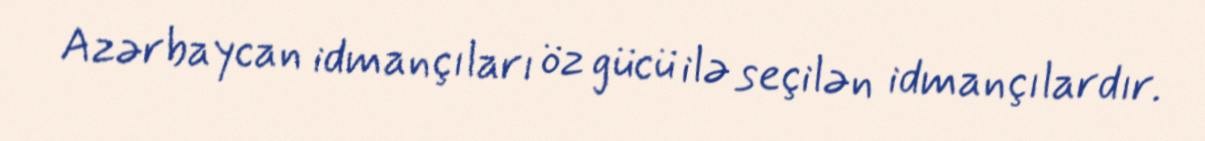
Azərbaycan idmançıları öz gücü ilə seçilən idmançılardır.